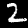
Label: 2